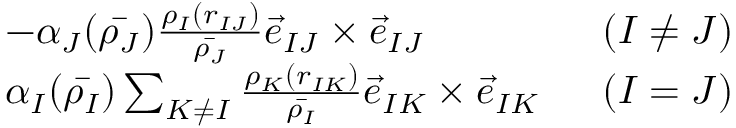
\begin{array} { r l r } & { - \alpha _ { J } ( \bar { \rho _ { J } } ) \frac { \rho _ { I } ( r _ { I J } ) } { \bar { \rho _ { J } } } \vec { e } _ { I J } \times \vec { e } _ { I J } } & { \; \; ( I \ne J ) } \\ & { \alpha _ { I } ( \bar { \rho _ { I } } ) \sum _ { K \ne I } \frac { \rho _ { K } ( r _ { I K } ) } { \bar { \rho _ { I } } } \vec { e } _ { I K } \times \vec { e } _ { I K } } & { \; \; ( I = J ) } \end{array}